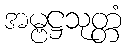
အမ္ဗဋ္ဌသုတ္တံ